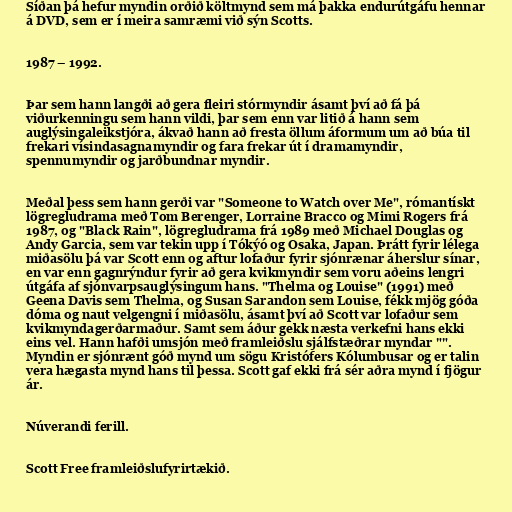
Síðan þá hefur myndin orðið költmynd sem má þakka endurútgáfu hennar
á DVD, sem er í meira samræmi við sýn Scotts.

1987 – 1992.

Þar sem hann langði að gera fleiri stórmyndir ásamt því að fá þá
viðurkenningu sem hann vildi, þar sem enn var litið á hann sem
auglýsingaleikstjóra, ákvað hann að fresta öllum áformum um að búa til
frekari vísindasagnamyndir og fara frekar út í dramamyndir,
spennumyndir og jarðbundnar myndir.

Meðal þess sem hann gerði var "Someone to Watch over Me", rómantískt
lögregludrama með Tom Berenger, Lorraine Bracco og Mimi Rogers frá
1987, og "Black Rain", lögregludrama frá 1989 með Michael Douglas og
Andy Garcia, sem var tekin upp í Tókýó og Osaka, Japan. Þrátt fyrir lélega
miðasölu þá var Scott enn og aftur lofaður fyrir sjónrænar áherslur sínar,
en var enn gagnrýndur fyrir að gera kvikmyndir sem voru aðeins lengri
útgáfa af sjónvarpsauglýsingum hans. "Thelma og Louise" (1991) með
Geena Davis sem Thelma, og Susan Sarandon sem Louise, fékk mjög góða
dóma og naut velgengni í miðasölu, ásamt því að Scott var lofaður sem
kvikmyndagerðarmaður. Samt sem áður gekk næsta verkefni hans ekki
eins vel. Hann hafði umsjón með framleiðslu sjálfstæðrar myndar "".
Myndin er sjónrænt góð mynd um sögu Kristófers Kólumbusar og er talin
vera hægasta mynd hans til þessa. Scott gaf ekki frá sér aðra mynd í fjögur
ár.

Núverandi ferill.

Scott Free framleiðslufyrirtækið.